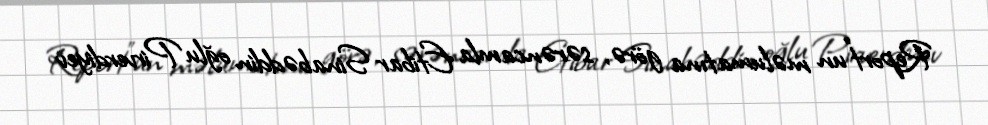
Report"un məlumatına görə, sərəncamla Etibar Sinabəddin oğlu Pirverdiyev